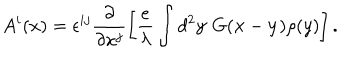
A ^ { i } ( x ) = \epsilon ^ { i j } \frac { \partial } { \partial x ^ { j } } \left[ \frac { e } { \lambda } \int d ^ { 2 } { \bf y } ~ G ( { \bf x } - { \bf y } ) \rho ( y ) \right] .